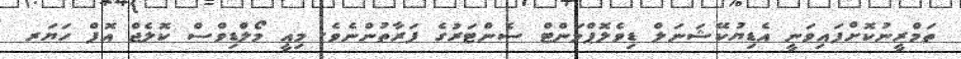
ތަމްރީނުކޮށްފައިވަނީ އެޑިޔުކޭޝަނަލް ޑިވެލޮޕްމަންޓް ސެންޓަރުގެ ފަރާތުންނެވެ. މިއީ މޯލްޑިވްސް ކޮލެޖް އޮފް ހަޔަރ